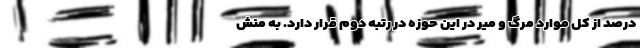
درصد از کل موارد مرگ و میر در این حوزه در رتبه دوم قرار دارد. به منش